Leaving Certificate Examination, 1922
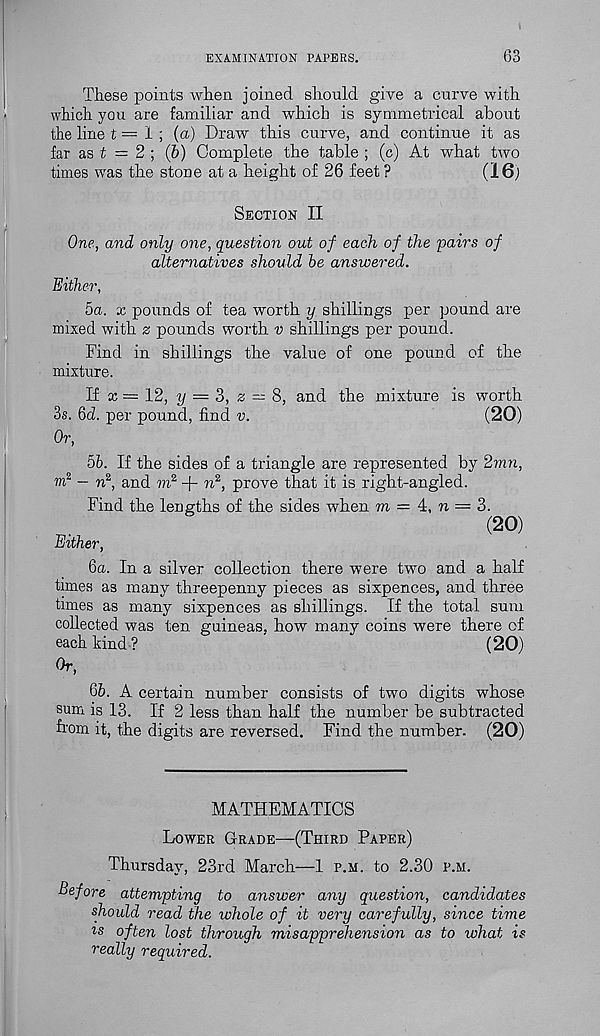
EXAMINATION PAPERS.
63
These points when joined should give a curve with
which you are familiar and which is symmetrical about
the line t = 1 ; (a) Draw this curve, and continue it as
far as t = 2 ; (6) Complete the table ; (c) At what two
times was the stone at a height of 26 feet ?
(16j
Section II
One, and only one, question out of each of the pairs of
alternatives should be answered.
Either,
5a. x pounds of tea worth y shillings per pound are
mixed with z pounds worth v shillings per pound.
Find in shillings the value of one pound of the
mixture.
li x = 12, y — 3, z = 8, and the mixture is worth
3s. 6d. per pound, find v.
(20)
Or,
5b. If the sides of a triangle are represented by 2mn,
m 2 — n 2 , and m 2 + n 2 , prove that it is right-angled.
Find the lengths of the sides when m = 4, n = 3.
(20)
Either,
ба. In a silver collection there were two and a half
times as many threepenny pieces as sixpences, and three
times as many sixpences as shillings. If the total sum
collected was ten guineas, how many coins were there of
each kind ?
(20)
Or,
бб. A certain number consists of two digits whose
sum is 13. If 2 less than half the number be subtracted
from it, the digits are reversed. Find the number. (20)
MATHEMATICS
Lower Grade—(Third Paper)
Thursday, 23rd March—1 p.m. to 2.30 p.h.
Before attempting to answer any question, candidates
should read the whole of it very carefully, since time
is often lost through misapprehension as to what is
really required.